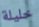
خليلة